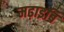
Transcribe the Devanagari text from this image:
मढ़ाइबि